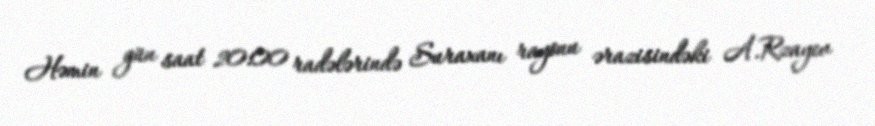
Həmin gün saat 20:00 radələrində Suraxanı rayonu ərazisindəki A.Rzayev